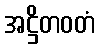
အဋ္ဌိတဝတံ